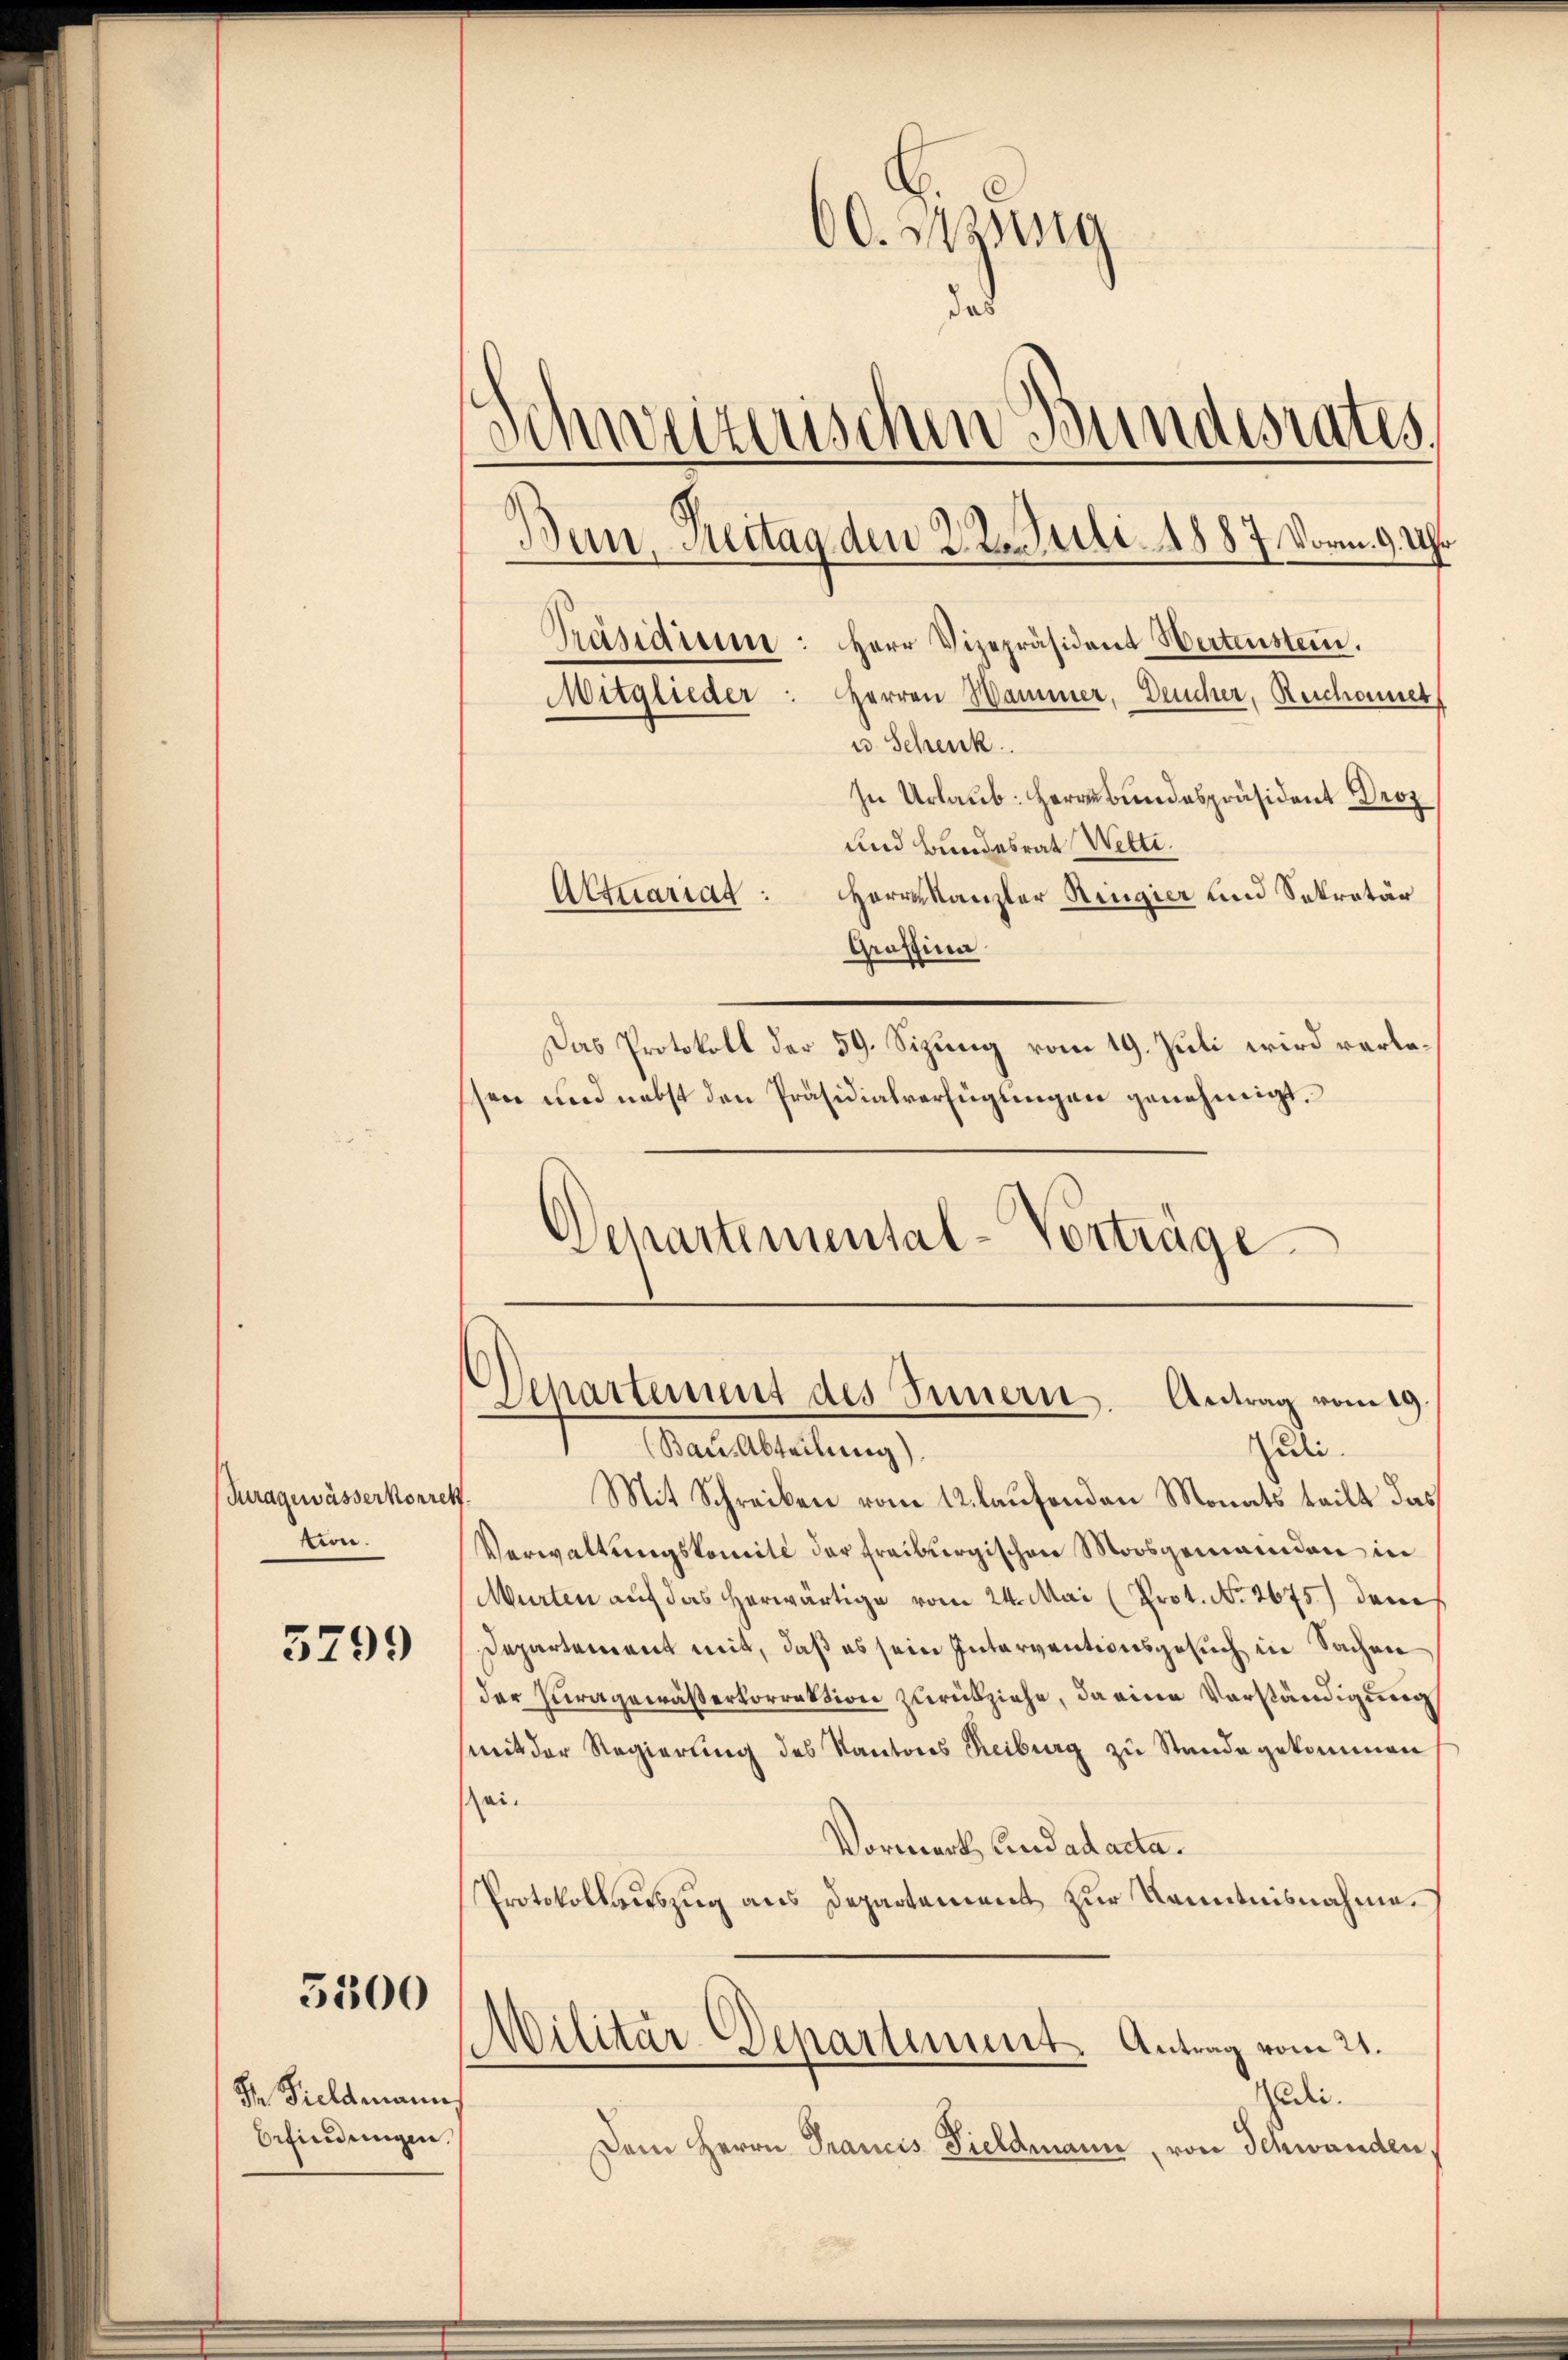
3299

Juragewässerkorrek
tion.

5300

S. Fieldmann
befindungen.

60. Jung
das
.
metischen Bundesrates
Ban, Reitag den 22. Juli 1887. Vorm. 9. Uhr
Präsidium
Herr Vizepräsident Wertenstein.
Mitglieder: Herren Hammer, Deucher, Reichonner,

u. Schenk
In Urlaub. Herrn Bundespräsident Droz
und Bundesrat Wetti.
Actuariat: Herrnkanzler Regier und Sekretär
Grossina
Das Protokoll der 59. Sizung vom 19. Juli wird verlesen und nebst den Präsidialverfügungen genehmigt.
Departemental-Vorträge

Departement des Innern. Antrag vom 19.
Juli.

(Bau Abteilung).
Mit Schreiben vom 12. laufenden Monats teilt das
Verwaltungskomite der Freiburgischen Moosgemeinden in
Murten aŭf das herwärtige vom 24. Mai (Prot. No. 2675) dem
Departement mit, daß es sein Interventionsgesuch in Sachen
der Kuragewäßerkorrektion zurückziehe, da eine Vorständigung
mit der Regierŭng des Kantons Reiburg zu Stande gekommen
sei.
Vormerk, und ad acta.
Protokollauszug aus Departement zur Kenntnisnahme.
Wilitär-Departement. Antrag vom 21.
Zedii.
Dem Herrn Francis Vieldmann, von Schwanden,